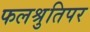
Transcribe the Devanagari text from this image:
फलश्रुतिपर